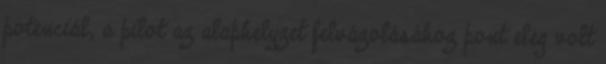
potenciál, a pilot az alaphelyzet felvázolásához pont elég volt